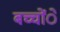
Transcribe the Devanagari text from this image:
बच्चोंे